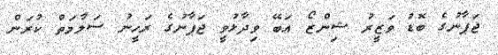
ޖަޕާނުގެ ބޮޑު ވަޒީރު ޝިންޒޯ އަބޭ ވިދާޅުވީ ޖަޕާނުގެ ރަހީނު ސަލާމަތް ކުރަން